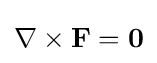
\nabla \times \mathbf {F} ={\boldsymbol {0}}\,\!